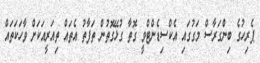
ޕެރިހުގެ ބިންގަރާސް މަގުގައި އެކްސިޑެންޓްވީ ގޮތާ ގުޅޭގޮތުން ތަފާތު އެތައް ތިއަރީއަކަށް ވާހަކަތައް